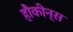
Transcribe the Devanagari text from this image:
हौकीन्स